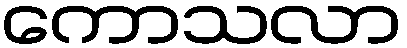
ကောသလာ